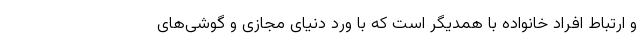
و ارتباط افراد خانواده با همدیگر است که با ورد دنیای مجازی و گوشی‌های